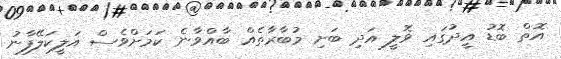
އޮތް ބޮޑު އީދުގައި ވޮލީ އަދި ބަށި މުބާރާތެއް ބާއްވާނެ ކަމަށްވެސް އަލީކަލޭފާނު